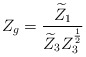
\begin{align*}Z_g=\frac{\widetilde{Z}_1}{\widetilde{Z}_3Z_3^{\frac 12}}\end{align*}